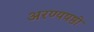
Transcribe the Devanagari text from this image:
अरण्यषष्ठी